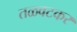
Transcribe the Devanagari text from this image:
तळवटकर